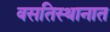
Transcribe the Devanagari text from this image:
वसतिस्थानात